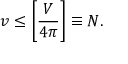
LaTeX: v \leq \left[ { \frac { V } { 4 \pi } } \right] \equiv N .